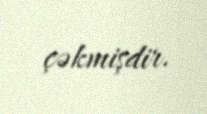
çəkmişdir.